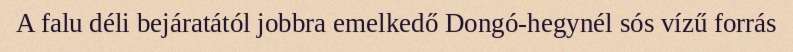
A falu déli bejáratától jobbra emelkedő Dongó-hegynél sós vízű forrás